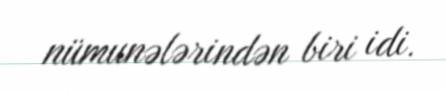
nümunələrindən biri idi.